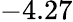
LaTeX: -4.27